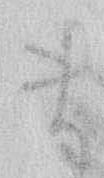
ま